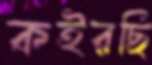
কইরছি